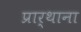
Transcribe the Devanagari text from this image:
प्रार्थाना